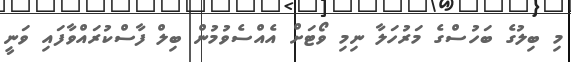
މި ބިލުގެ ބަހުސްގެ މަރުހަލާ ނިމި ވޯޓަށް އެއްސެވުމުން ބިލް ފާސްކުރައްވާފައި ވަނީ